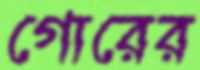
গোরের